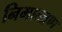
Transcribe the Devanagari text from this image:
निमान्त्रण